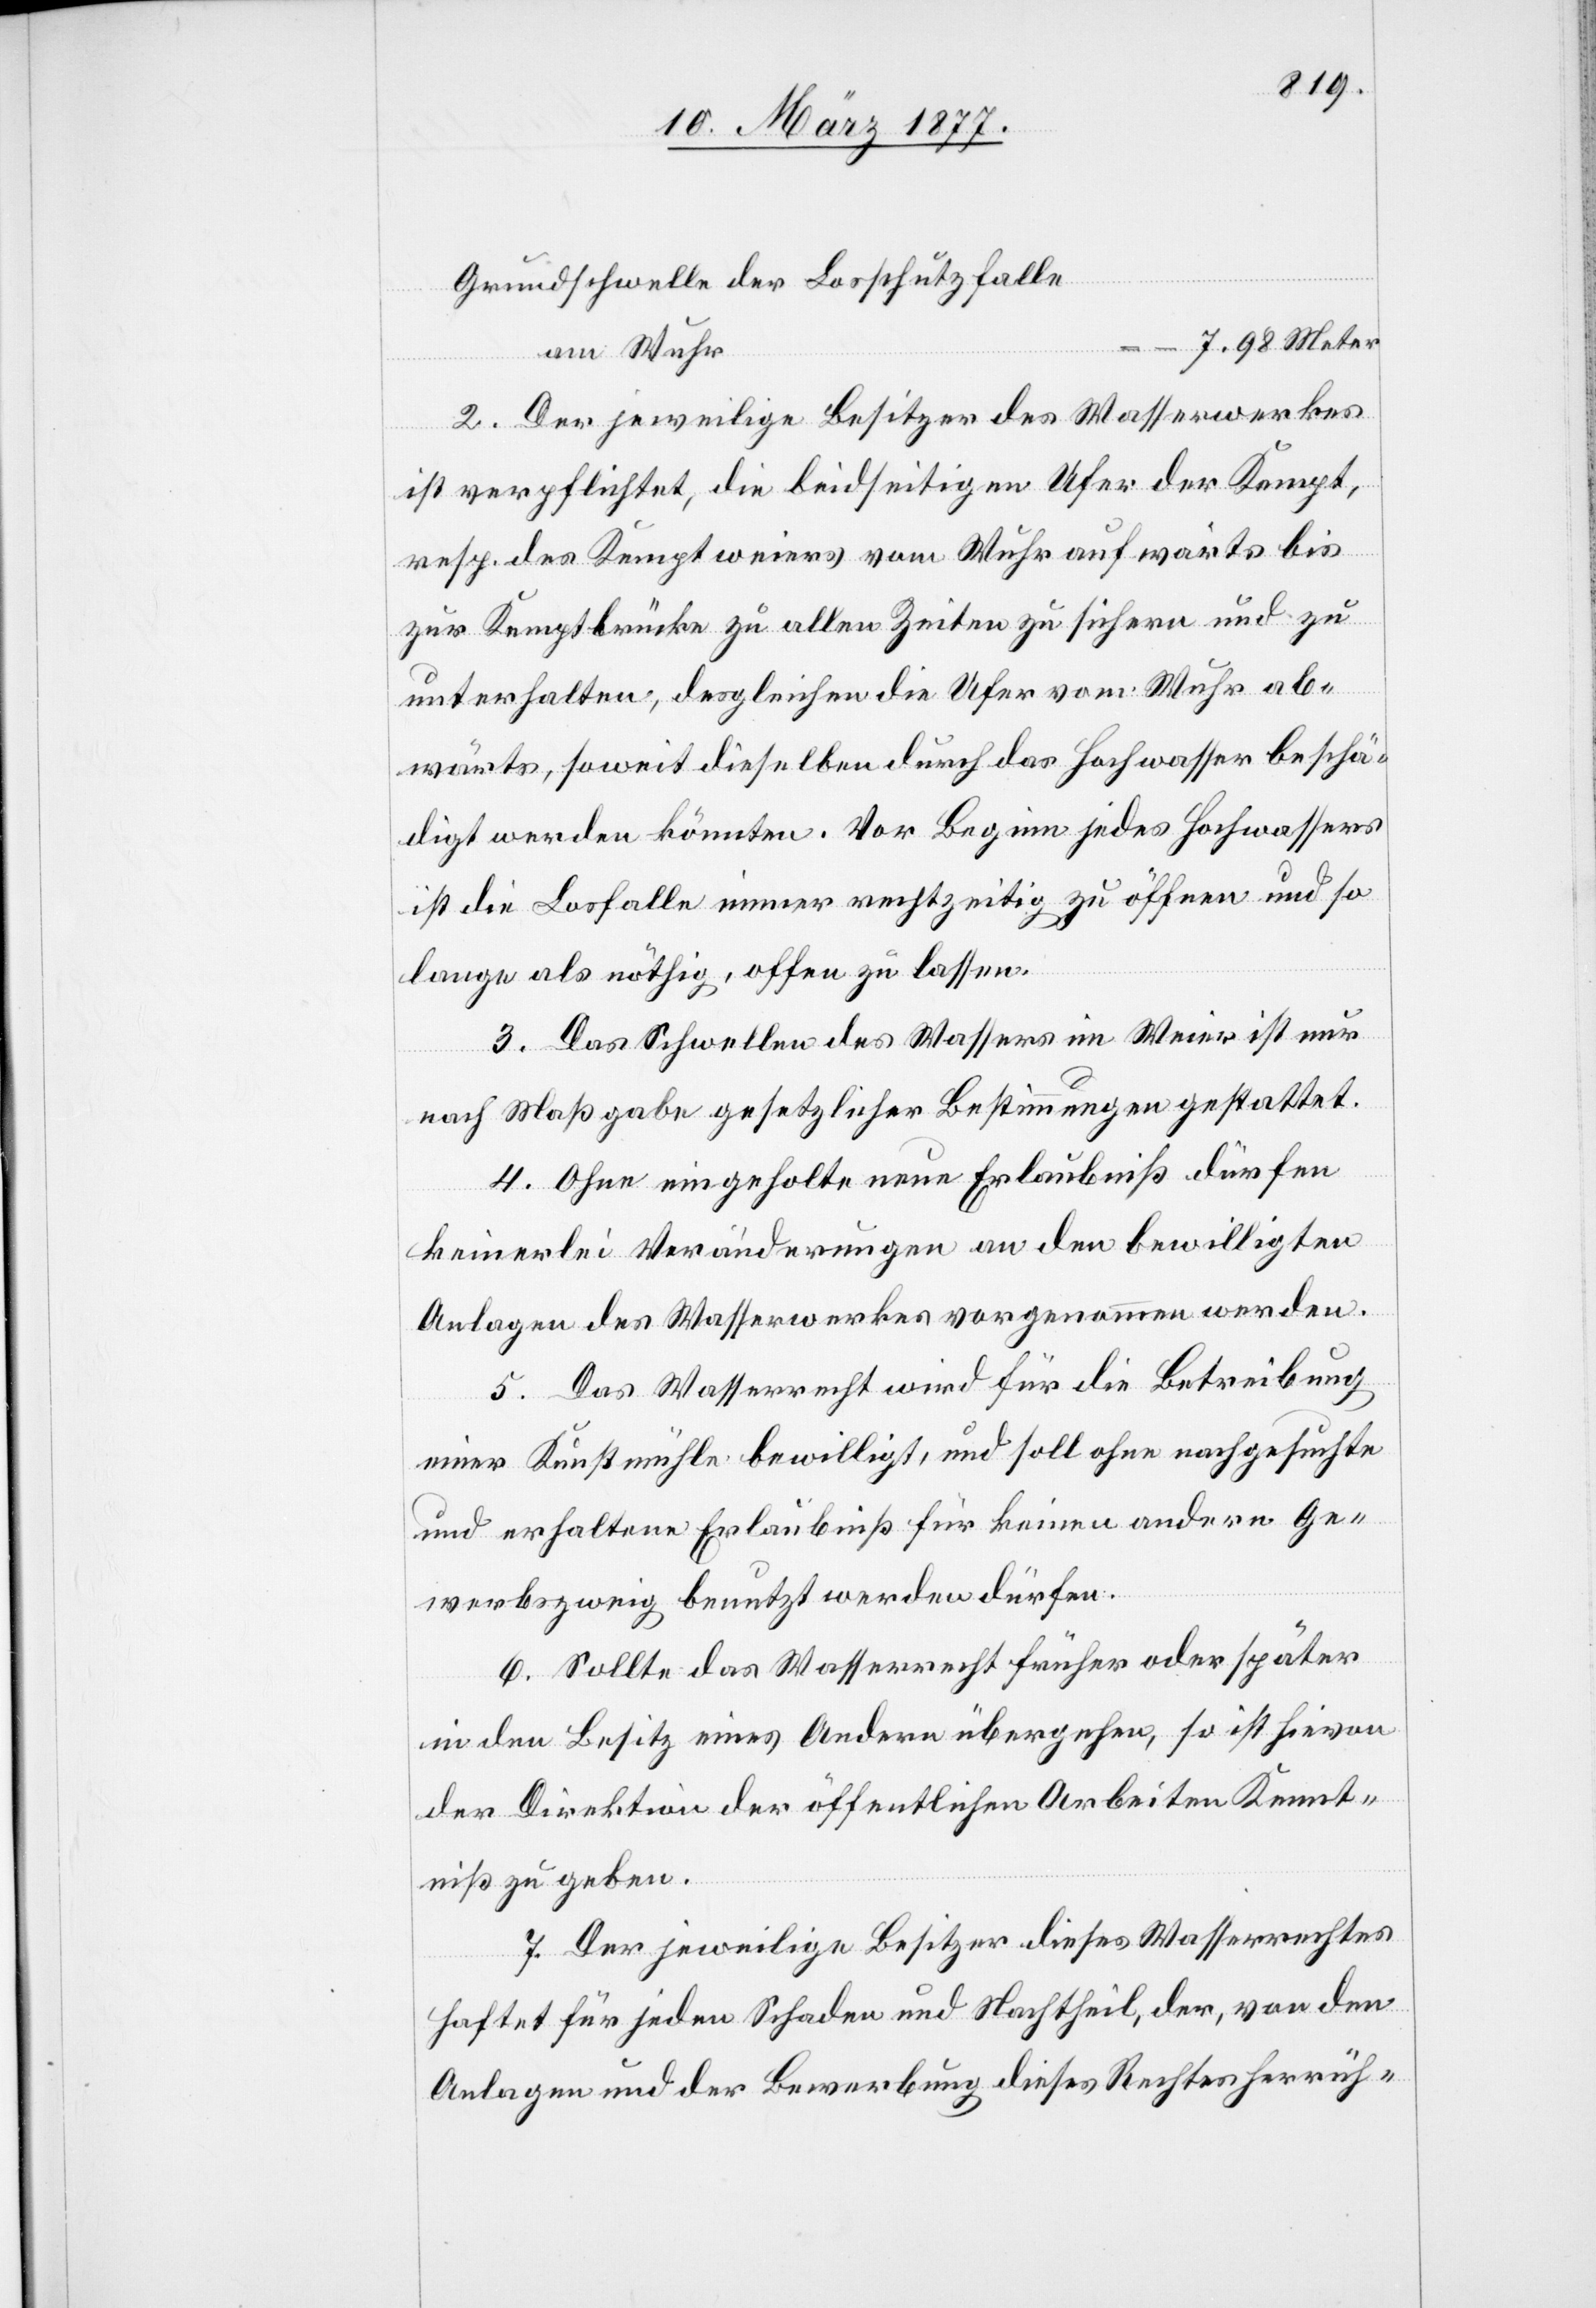
Grundschwelle der Losschutzfalle
am Wuhr
–
2. Der jeweilige Besitzer des Wasserwerkes
ist verpflichtet, die beidseitigen Ufer der Kempt,
resp. des Kemptweiers vom Wuhr aufwärts bis
zur Kemptbrücke zu allen Zeiten zu sichern und zu
unterhalten, desgleichen die Ufer vom Wuhr ab¬
wärts, soweit dieselben durch das Hochwasser beschä¬
digt werden könnten. Vor Beginn jedes Hochwassers
ist die Losfalle immer rechtzeitig zu öffnen und so
lange als nöthig, offen zu lassen.
3. Das Schwellen des Wassers im Weier ist nur
nach Maßgabe gesetzlicher Bestimmungen gestattet.
4. Ohne eingeholte neue Erlaubniß dürfen
keinerlei Veränderungen an den bewilligten
Anlagen des Wasserwerkes vorgenommen werden.
5. Das Wasserrecht wird für die Betreibung
einer Kunstmühle bewilligt, und soll ohne nachgesuchte
und erhaltene Erlaubniß für keinen andern Ge¬
werbszweig benutzt werden dürfen.
6. Sollte das Wasserrecht früher oder später
in den Besitz eines Andern übergehen, so ist hievon
der Direktion der öffentlichen Arbeiten Kennt¬
niß zu geben.
7. Der jeweilige Besitzer dieses Wasserrechtes
haften für jeden Schaden und Nachtheil, der, von den
Anlagen und der Bewerbung dieses Rechtes herrüh-